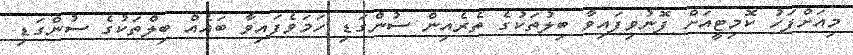
މިއަށްފަހު ކޮމިޓީއަށް ފޮނުވިފައިވާ ބިލުތަކުގެ ތެރެއިން ސުންގަޑި ހަމަވެފައިވާ ބައެއް ބިލްތަކުގެ ސުންގަޑި